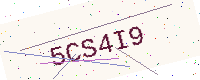
Text: 5CS4I9